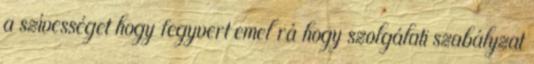
a szívességet hogy fegyvert emel rá hogy szolgálati szabályzat